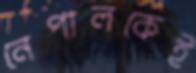
নেপালকেই